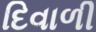
દિવાળી